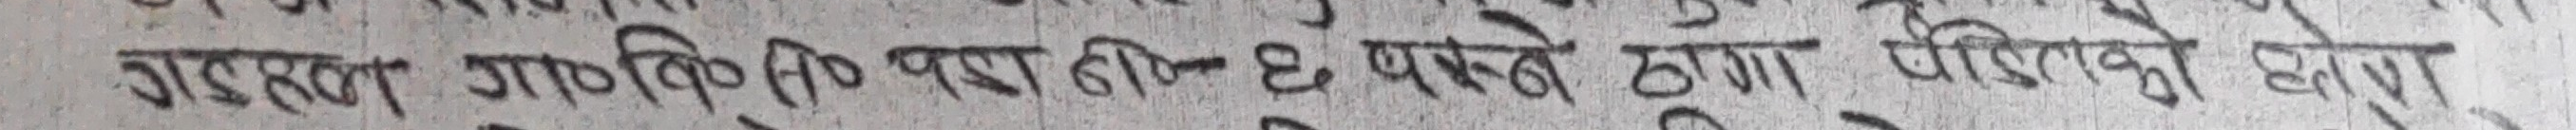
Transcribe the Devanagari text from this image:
गतहत गणितिक परेडीन ६ पक्षळे ठुगणा परिशको खेप